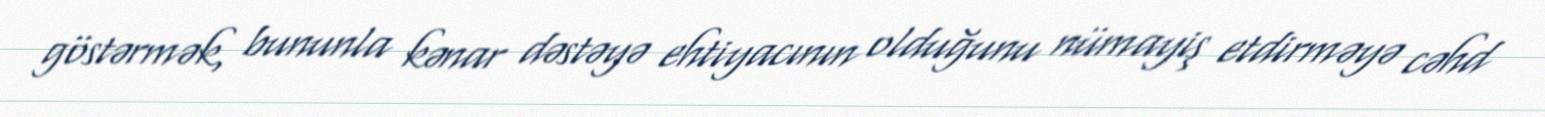
göstərmək, bununla kənar dəstəyə ehtiyacının olduğunu nümayiş etdirməyə cəhd